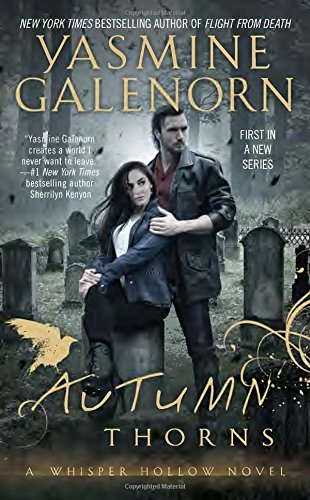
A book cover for Autumn Thorns (Whisper Hollow); Yasmine Galenorn; Romance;